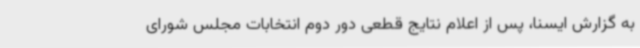
به گزارش ایسنا، پس از اعلام نتایج قطعی دور دوم انتخابات مجلس شورای